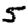
Digit: 5